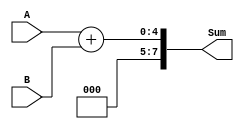
module Somador(
	input [3:0] A,
	input [3:0] B,
	output [7:0] Sum
);

assign Sum = A + B;
	
endmodule